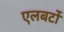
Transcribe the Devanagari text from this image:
एलबर्टो